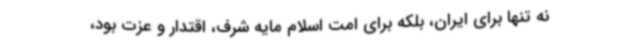
نه تنها برای ایران، بلکه برای امت اسلام مایه شرف، اقتدار و عزت بود،